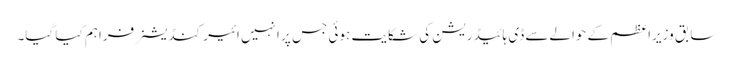
سابق وزیراعظم کے حوالےسے ڈی ہائیڈریشن کی شکایت ہوئی جس پر انہیں ائیر کنڈیشنر فراہم کیا گیا۔